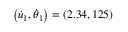
\left( \dot { u } _ { 1 } , \dot { \theta } _ { 1 } \right) = \left( 2 . 3 4 , 1 2 5 \right)